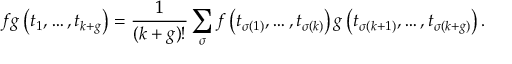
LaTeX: f g \left( t _ { 1 } , \dots , t _ { k + g } \right) = \frac { 1 } { ( k + g ) ! } \sum _ { \sigma } f \left( t _ { \sigma ( 1 ) } , \dots , t _ { \sigma ( k ) } \right) g \left( t _ { \sigma ( k + 1 ) } , \dots , t _ { \sigma ( k + g ) } \right) .